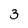
Character: 3